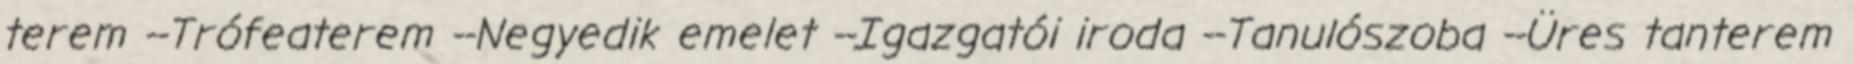
terem --Trófeaterem --Negyedik emelet --Igazgatói iroda --Tanulószoba --Üres tanterem